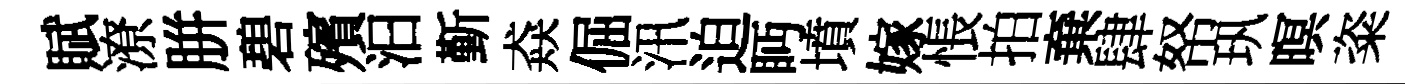
賦潦胼碧殯汩斳猋倔汛迫眄墳嫁悵拍棄肆帑㺬暝粢